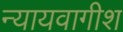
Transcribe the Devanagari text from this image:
न्यायवागीश